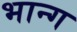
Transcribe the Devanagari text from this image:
भान्ग